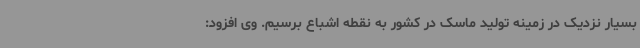
بسیار نزدیک در زمینه تولید ماسک در کشور به نقطه اشباع برسیم. وی افزود: